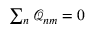
\begin{array} { r } { \sum _ { n } \mathcal { Q } _ { n m } = 0 } \end{array}